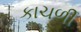
કાચળી